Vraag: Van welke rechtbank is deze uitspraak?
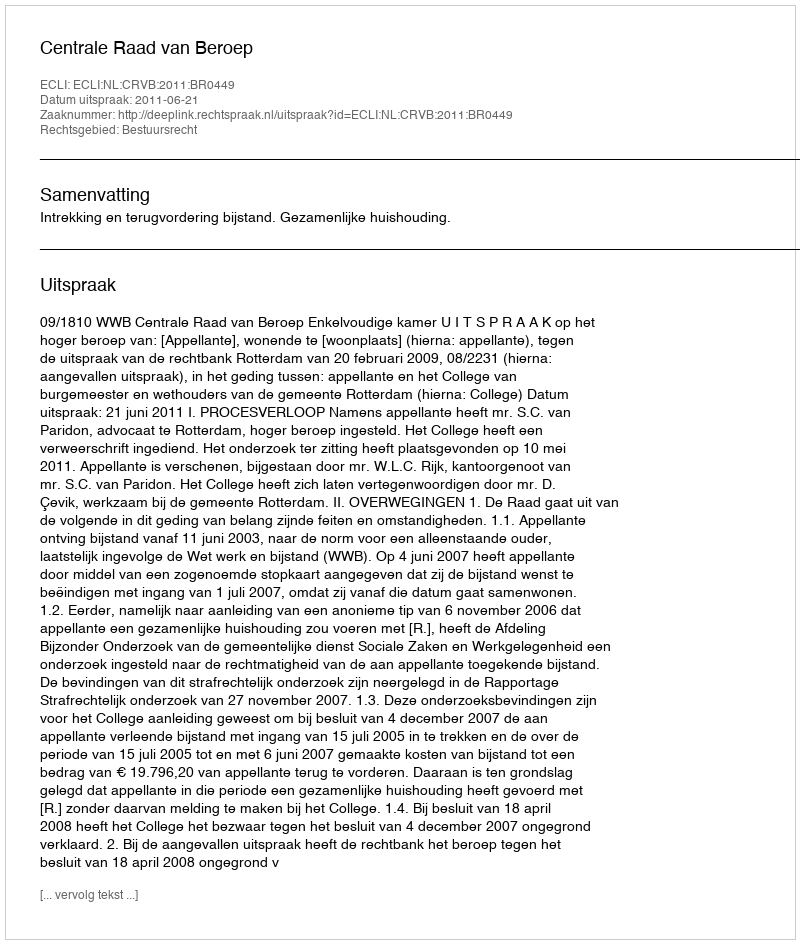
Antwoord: Centrale Raad van Beroep